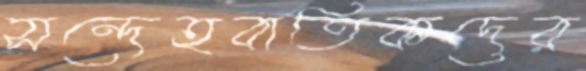
সন্দেহবাতিকদের